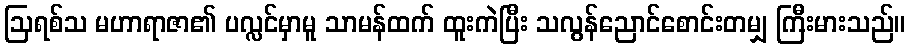
ဩရစ်သ မဟာရာဇာ၏ ပလ္လင်မှာမူ သာမန်ထက် ထူးကဲပြီး သလွန်ညောင်စောင်းတမျှ ကြီးမားသည်။